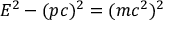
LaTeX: E ^ { 2 } - ( p c ) ^ { 2 } = ( m c ^ { 2 } ) ^ { 2 }